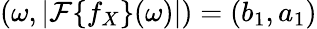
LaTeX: (\omega,|\mathcal F\{ f_{X}\} (\omega)|)=(b_{1},a_{1})